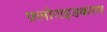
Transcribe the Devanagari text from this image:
फ़्लोराइडकरण